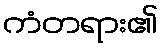
ကံတရား၏